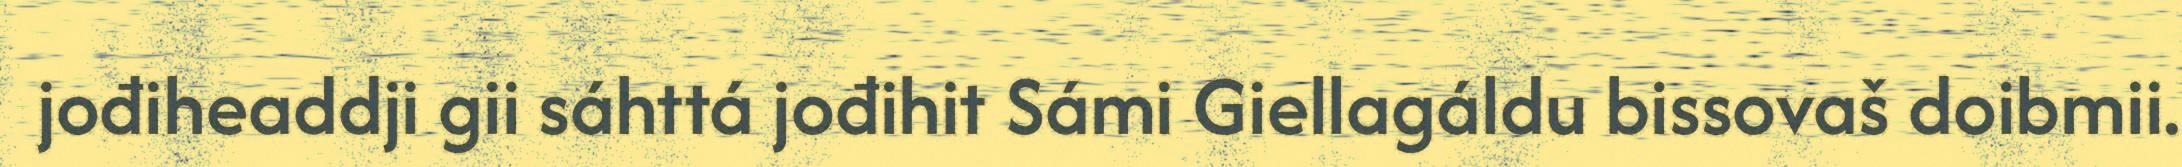
jođiheaddji gii sáhttá jođihit Sámi Giellagáldu bissovaš doibmii.